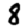
Digit: 8